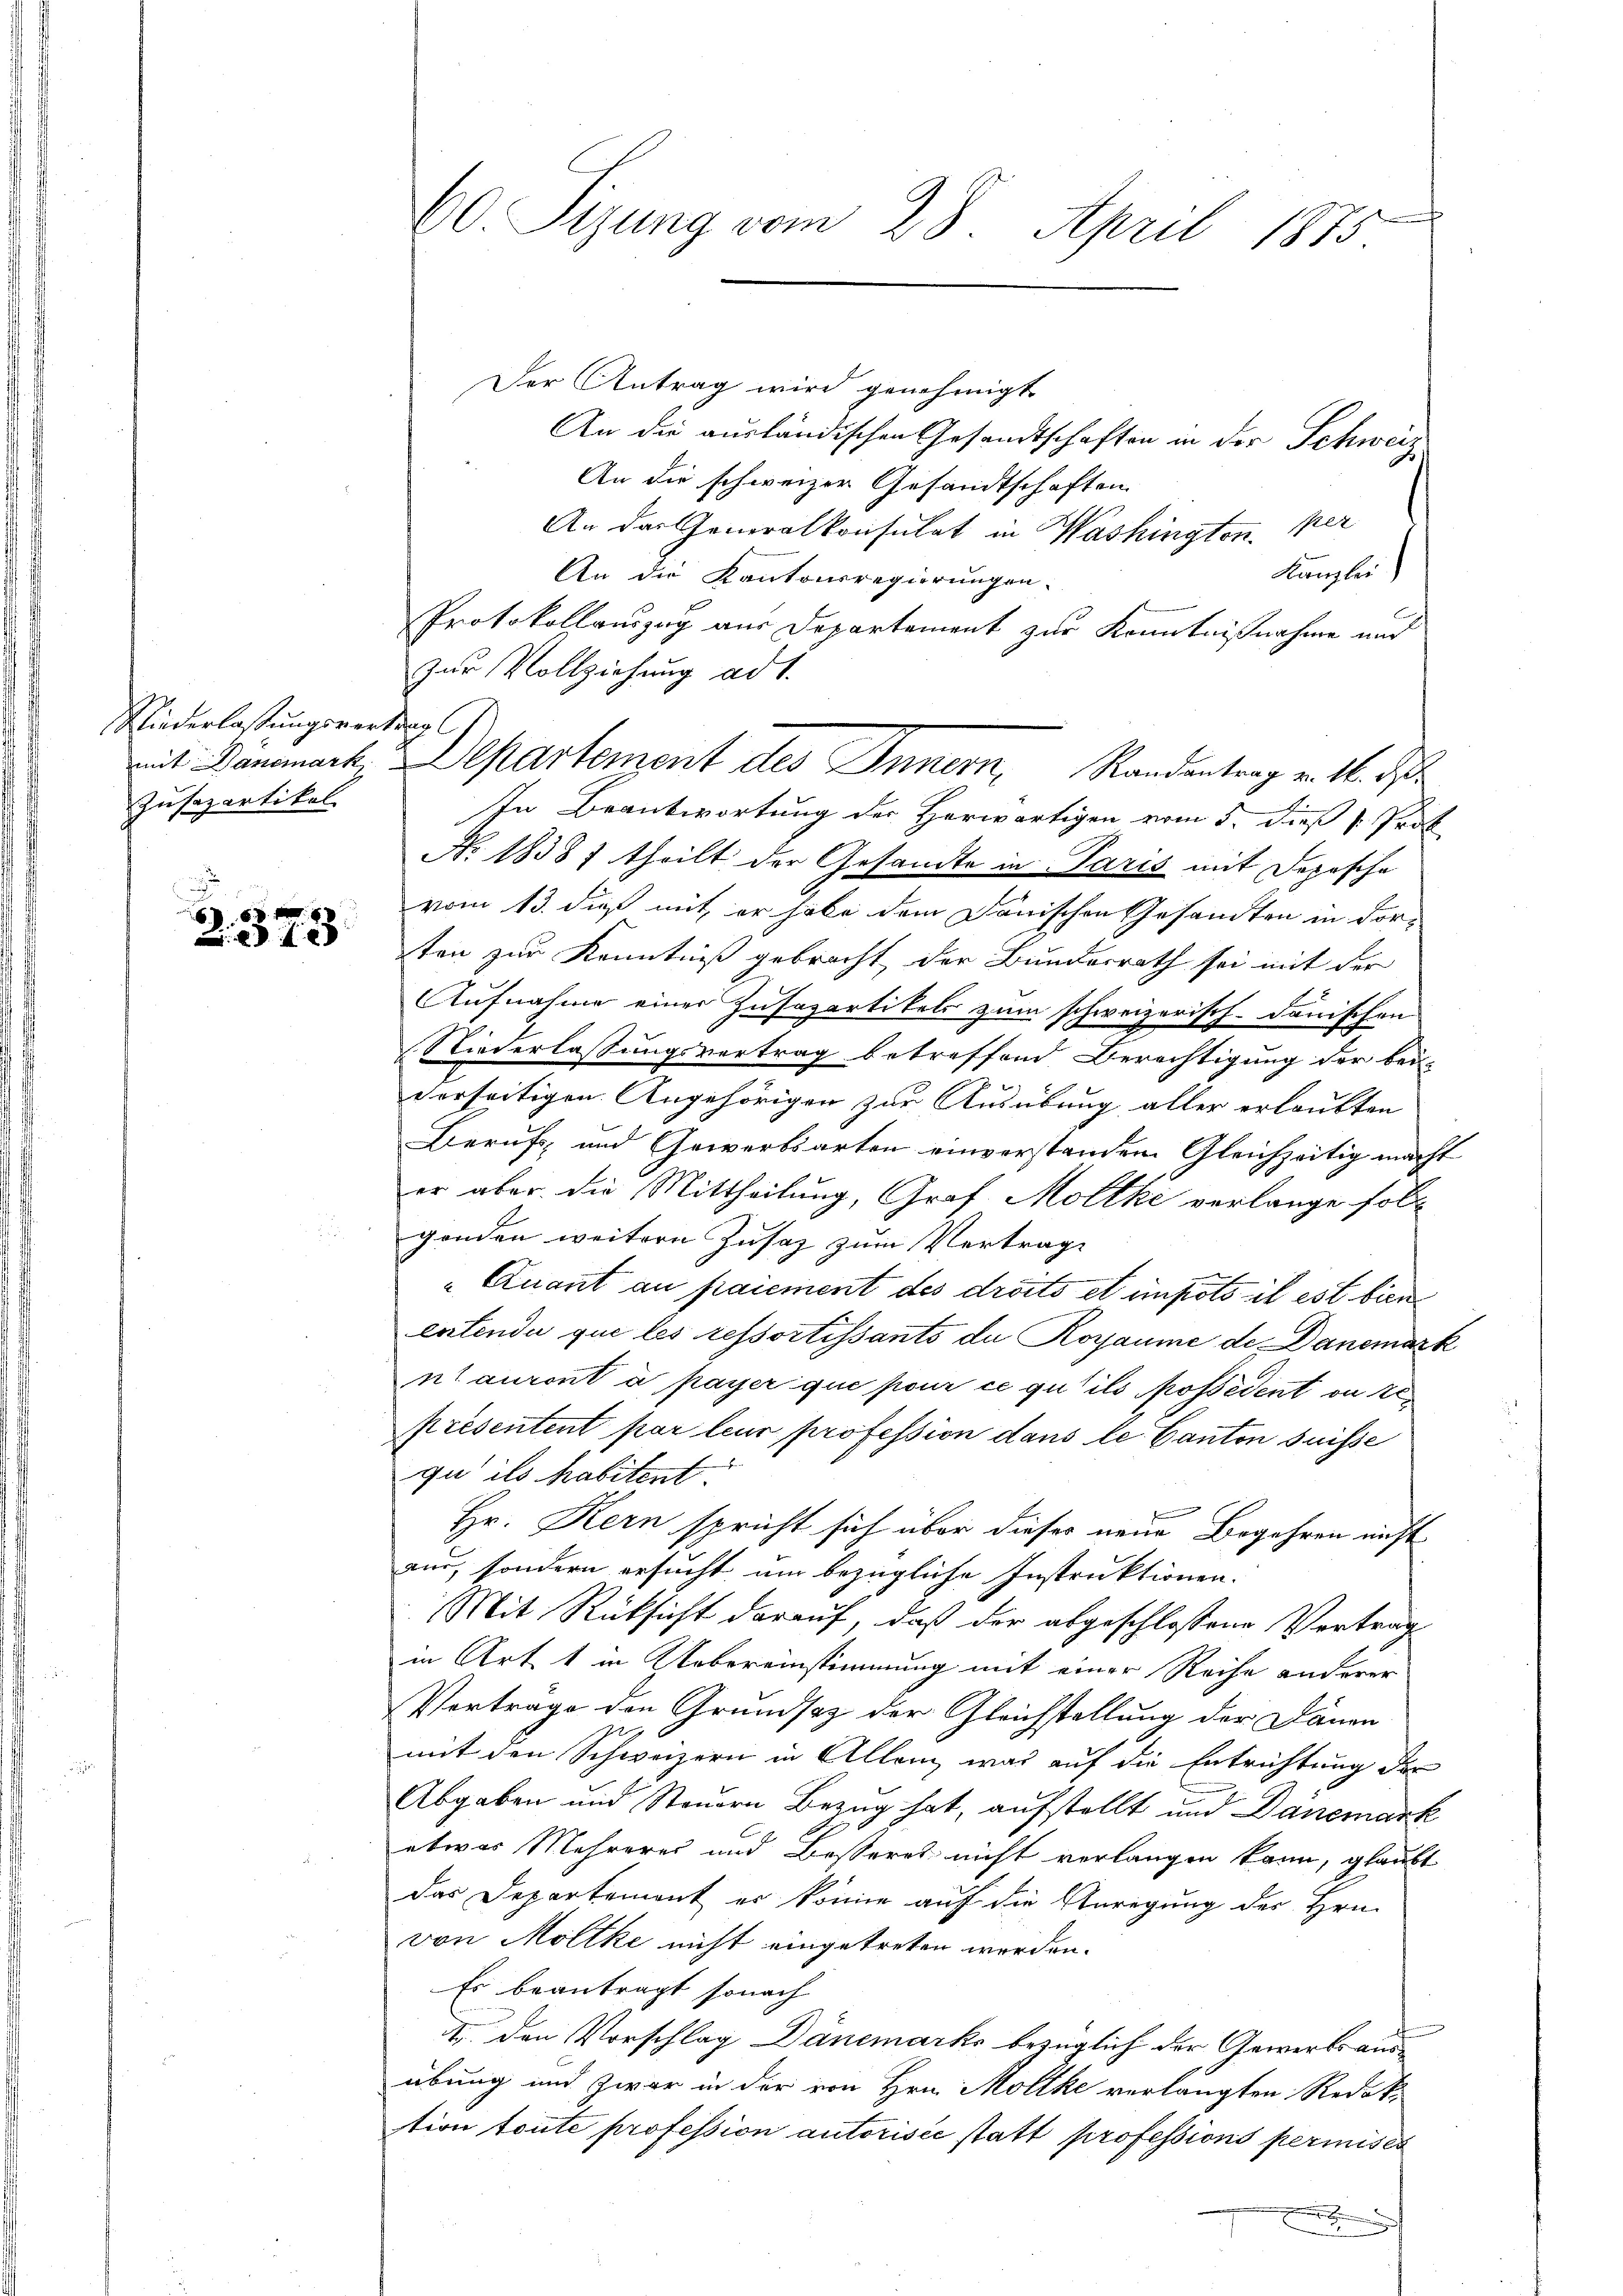
Niederlaßungsverkers
Zusepartikel

687
88

Der Antrag wird genehmigt
An die ausländischen Gesandtschaften in der Schweiz
An die schweizer Gesandtschaften
An das Generalkonsulat in Washingten per
Kanzlei
An die Kantonsregierungen.
Protokollauszug aus Departement zur Kenntnißnahme und
zur Vollziehung ad 1.
In Beantwortung des Herwärtigen vom 5. dieß Prof.
No. 18387 theilt der Gesandte in Paris mit Depesche
vom 13. dieß mit er habe dem Danischen Gesandten in For-
ten zur Kenntniß gebracht der Bundesrath sei mit der
Aufnahme einer Zusapartikels zum schweizerisch-danischen
Niederlassungsvertrag betreffend Berechtigung der bei-
derseitigen Angehörigen zur Ausübung aller erlaubten
Berufs- und Gewerbsarten einverstanden Gleichzeitig macht
er aber die Mittheilung, Graf. Möltki verlange soll
genden weitern Zusatz zum Vertrage
„Quant au paiement des droits et unpoto il est bien
entende que les ressortissants da Royaume de Danemark
nt auront à payer que pour ce qu’ils possédent ou se
présentent par leur profession dans le Canton suisse
gu ils habitent

Hr. Kern spricht sich über dieses neue Begehren nicht
aus, sondern ersucht, um bezügliche Instruktionen.
Mit Rücksicht darauf, daß der abgeschlossene Vertrag
in Art 1 in Uebereinstimmung mit einer Reihe anderer
Vortrage den Grundsaz der Gleichstellung der Dänen
mit den Schweizern in Allem, was auf die Entrichtung der
Abgaben und Steuern Bezug hat, aufstellt und Dänemark
etwas Mehreres und Besteres nicht verlangen kann, glaubt
das Departemont er könne auf die Anregung des Hrn.
von Moltke nicht eingetreten werden.
Es beantragt sonach
1. den Vorschlag Dänemarks bezüglich der Gewerbsausübung und zwar in der von Hrn. Mollke verlangten Redak
tion toute profession autorisée statt professions permises

60. Sitzung vom 28. April 1873.

mit Dänemark Departement des Innern, Randantrag v. 16. ds